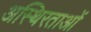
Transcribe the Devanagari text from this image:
अस्थिरताओं